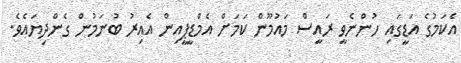
އެކަމުގެ އަޑީގައި ހުންނެވީ ރައީސް މައުމޫން ކަމަށް އެމްޑީޕީއިން އެއިރު ބުނަމުން ގެންދިޔައެވެ.